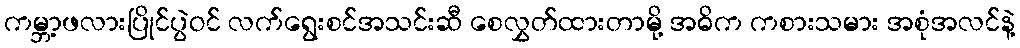
ကမ္ဘာ့ဖလားပြိုင်ပွဲဝင် လက်ရွေးစင်အသင်းဆီ စေလွှတ်ထားတာမို့ အဓိက ကစားသမား အစုံအလင်နဲ့